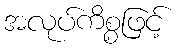
အလုပ်ကိစ္စဖြင့်